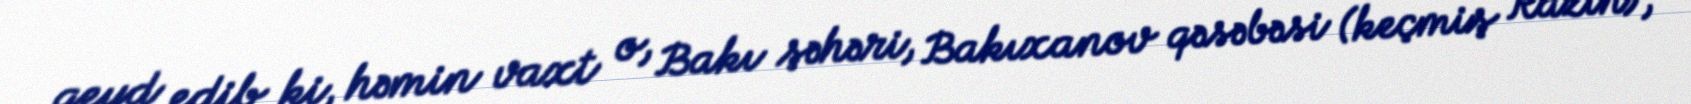
qeyd edib ki, həmin vaxt o, Bakı şəhəri, Bakıxanov qəsəbəsi (keçmiş Razin),